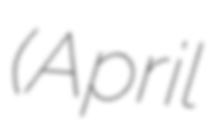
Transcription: (April